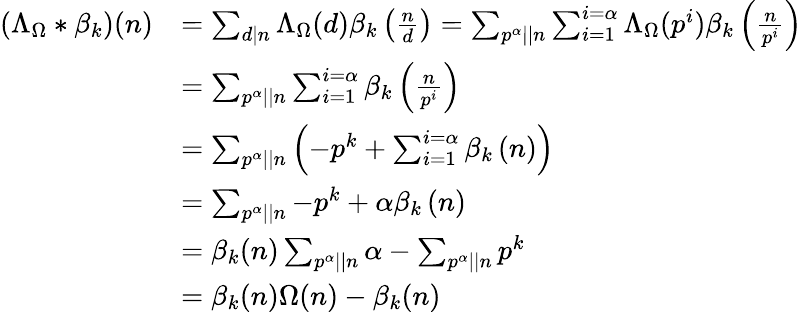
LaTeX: \begin{array}{rl}{\left(\Lambda_{\Omega}\ast\beta_{k}\right)(n)}&{=\sum_{d\mid n}\Lambda_{\Omega}(d)\beta_{k}\left(\frac{n}{d}\right)=\sum_{p^{\alpha}||n}\sum_{i=1}^{i=\alpha}\Lambda_{\Omega}(p^{i})\beta_{k}\left(\frac{n}{p^{i}}\right)}\\ &{=\sum_{p^{\alpha}||n}\sum_{i=1}^{i=\alpha}\beta_{k}\left(\frac{n}{p^{i}}\right)}\\ &{=\sum_{p^{\alpha}||n}\left(-p^{k}+\sum_{i=1}^{i=\alpha}\beta_{k}\left(n\right)\right)}\\ &{=\sum_{p^{\alpha}||n}-p^{k}+\alpha\beta_{k}\left(n\right)}\\ &{=\beta_{k}(n)\sum_{p^{\alpha}||n}\alpha-\sum_{p^{\alpha}||n}p^{k}}\\ &{=\beta_{k}(n)\Omega(n)-\beta_{k}(n)}\end{array}